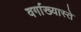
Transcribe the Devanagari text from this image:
वर्गाख्यास्ते